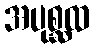
အပုစ္ဆထ